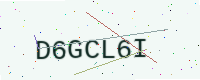
Text: D6GCL6I